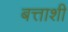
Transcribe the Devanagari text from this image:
बत्ताशी